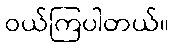
ဝယ်ကြပါတယ်။